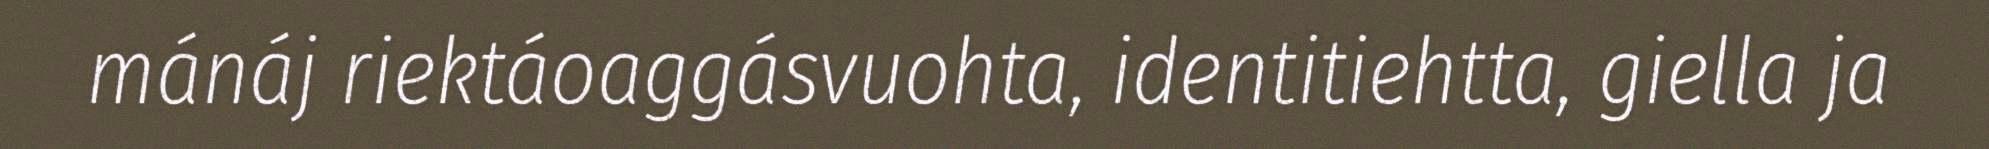
mánáj riektáoaggásvuohta, identitiehtta, giella ja